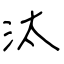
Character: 汰